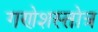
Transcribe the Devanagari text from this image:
गणेशस्तोत्र